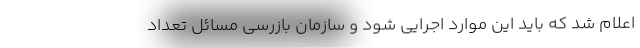
اعلام شد که باید این موارد اجرایی شود و سازمان بازرسی مسائل تعداد